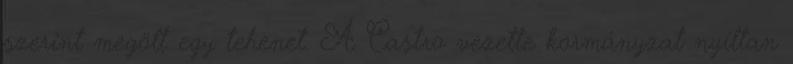
szerint megölt egy tehenet. A Castro vezette kormányzat nyíltan